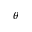
\theta